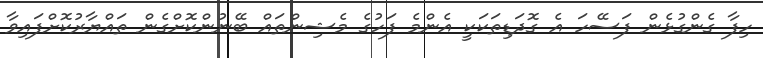
ހިފާ ގެންގުޅެން ފަސޭހަ އެ ގޮދަޑިތަކަކީ އެންމެ ފަހުގެ މެޝިންތައް ބޭނުންކޮށްގެން ތައްޔާރުކޮށްފައިވާ